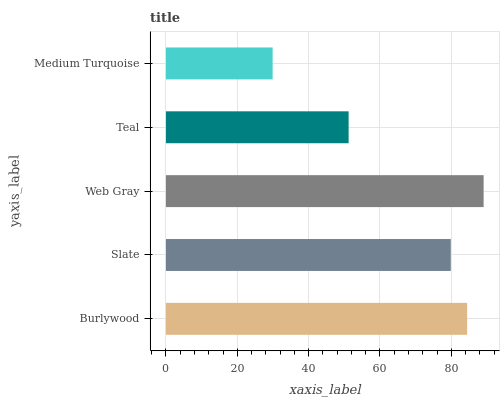
| yaxis_label | bars |
 | --- | --- |
 | Burlywood | 84.4 |
 | Slate | 79.9 |
 | Web Gray | 89.1 |
 | Teal | 51.2 |
 | Medium Turquoise | 29.9 |